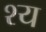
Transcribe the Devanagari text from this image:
श्य